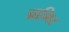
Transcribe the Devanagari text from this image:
नामिर